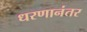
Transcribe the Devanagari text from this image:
धरणानंतर